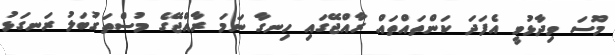
މޫސަ ވިދާޅުވީ އެފަދަ ކަންތައްތައް ރާއްޖޭގައި ހިނގާ ނަމަ ރާއްޖޭގެ މުސްތަގުބަލު ރަނގަޅު